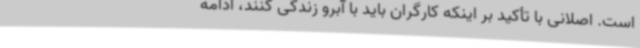
است. اصلانی با تأکید بر اینکه کارگران باید با آبرو زندگی کنند، ادامه